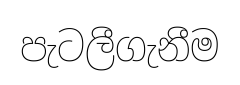
පැටලීගැනීම